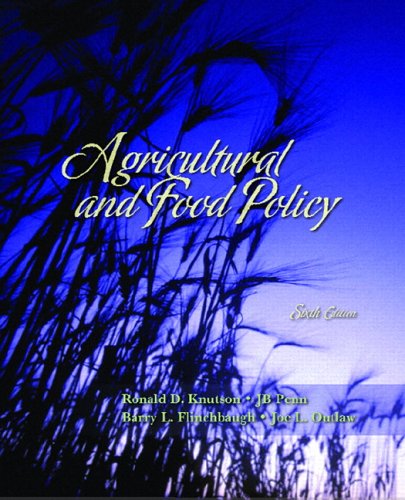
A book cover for Agricultural and Food Policy (6th Edition); Ronald D. Knutson; Science & Math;